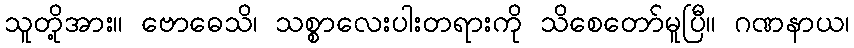
သူတို့အား။ ဗောဓေသိ၊ သစ္စာလေးပါးတရားကို သိစေတော်မူပြီ။ ဂဏနာယ၊